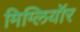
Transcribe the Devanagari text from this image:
मिग्लियॉर